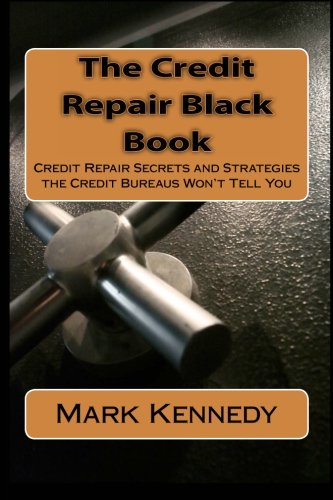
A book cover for The Credit Repair Black Book: Credit Repair Secrets and Strategies the Credit Bureaus Won't Tell You; Mark Kennedy; Business & Money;